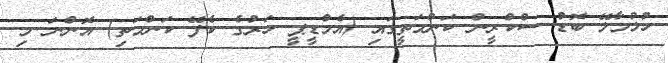
ހުޅުމާލޭ ބޮޑު ސްކްރީން ކަންމަތީގައި (އެމްޑީޕީ ހަރުގެ ކެފޭ ކަންމަތި) އޮންނަ މި